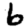
Digit: 6